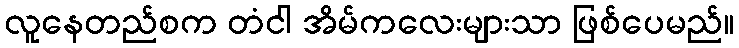
လူနေတည်စက တံငါ အိမ်ကလေးများသာ ဖြစ်ပေမည်။